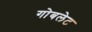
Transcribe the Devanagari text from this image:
गोबलेट